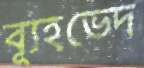
ব্যূহভেদ